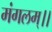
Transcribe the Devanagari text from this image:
मंगलम्।।